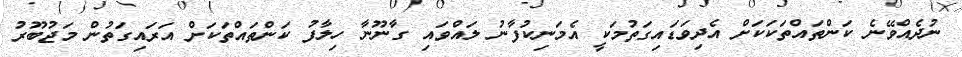
ނުދެއްވޭނެ ކަންތައްތަކަކަށް އެދިވަޑައިގަތުމަކީ އެމަނިކުފާނު ލައްވައި ގާނޫނާ ހިލާފު ކަންތައްތަކަށް އަރައިގަތުން މަޖުބޫރު